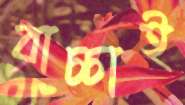
বাচ্চাই